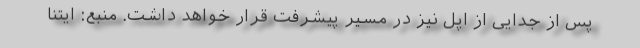
پس از جدایی از اپل نیز در مسیر پیشرفت قرار خواهد داشت. منبع: ایتنا